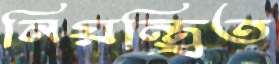
নিয়ন্ত্রিত